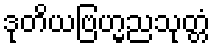
ဒုတိယဗြဟ္မညသုတ္တံ